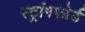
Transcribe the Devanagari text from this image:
स्ट्रांगफोर्ड